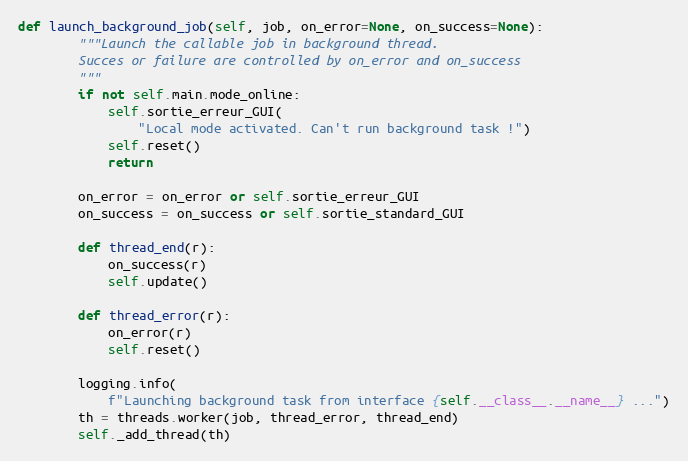
Language: Python
def launch_background_job(self, job, on_error=None, on_success=None):
        """Launch the callable job in background thread.
        Succes or failure are controlled by on_error and on_success
        """
        if not self.main.mode_online:
            self.sortie_erreur_GUI(
                "Local mode activated. Can't run background task !")
            self.reset()
            return

        on_error = on_error or self.sortie_erreur_GUI
        on_success = on_success or self.sortie_standard_GUI

        def thread_end(r):
            on_success(r)
            self.update()

        def thread_error(r):
            on_error(r)
            self.reset()

        logging.info(
            f"Launching background task from interface {self.__class__.__name__} ...")
        th = threads.worker(job, thread_error, thread_end)
        self._add_thread(th)